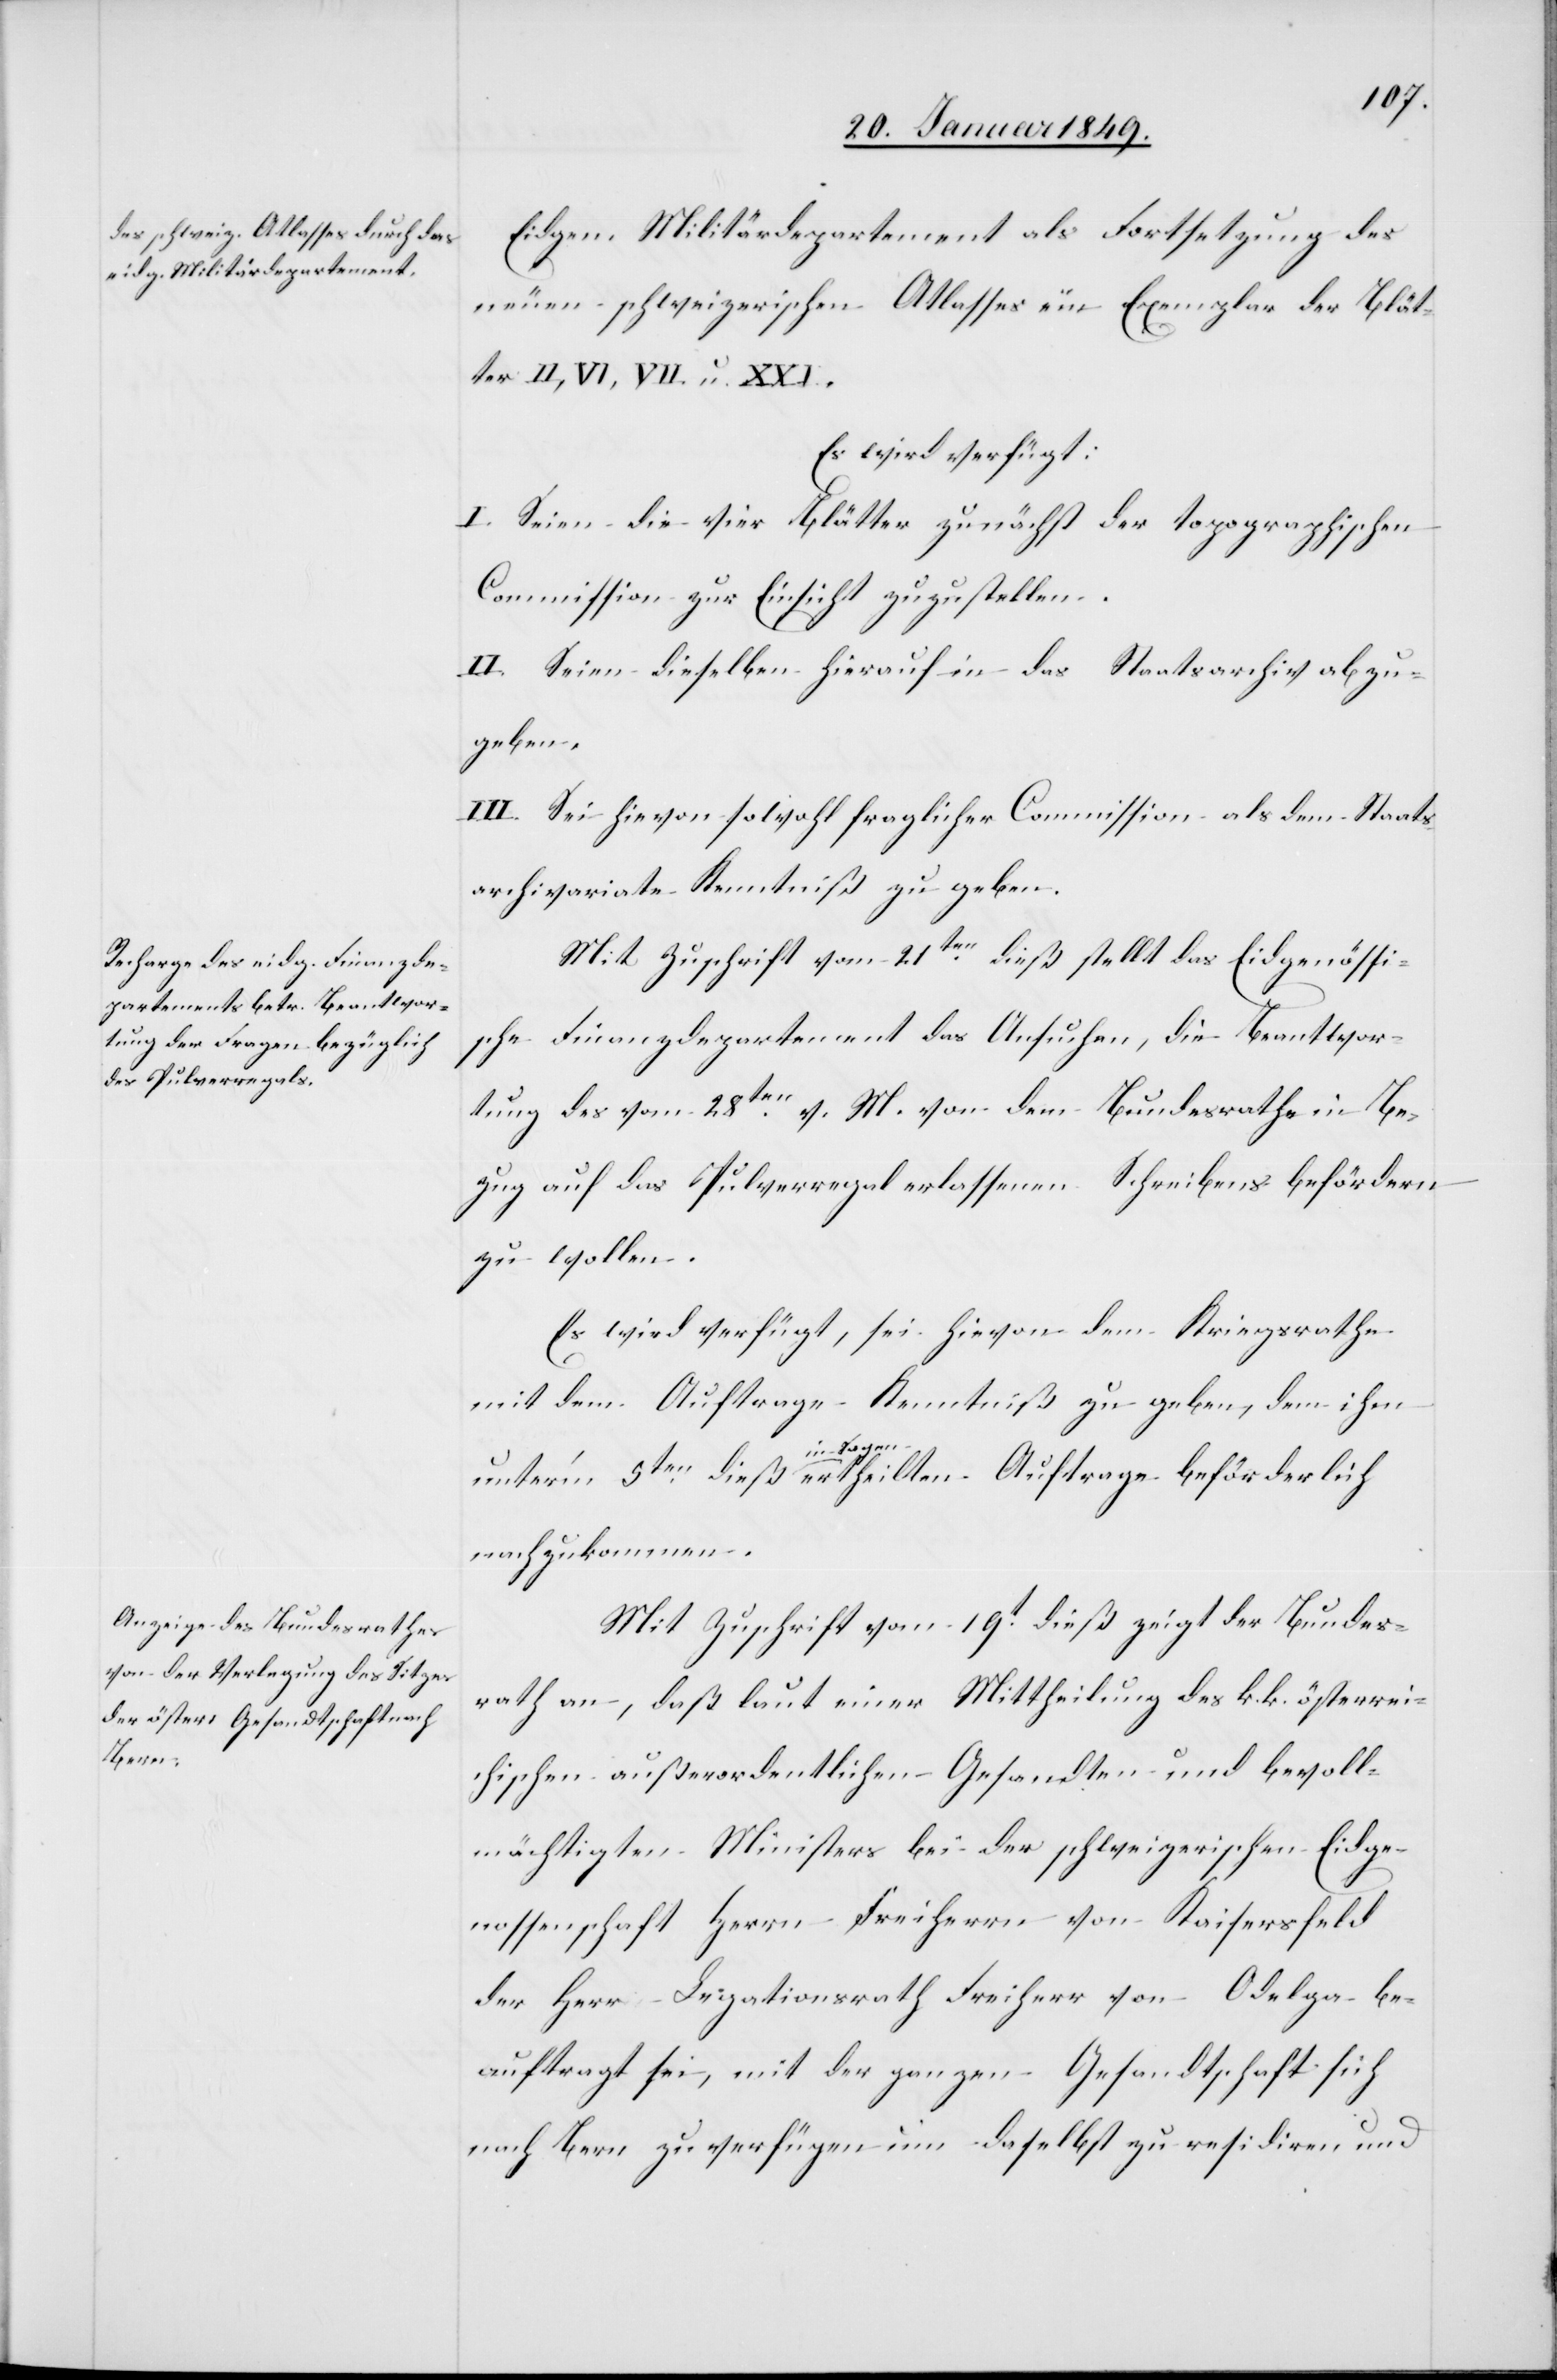
den

22. Januar 1849.]
Eidgen. Militärdepartement als Fortsetzung des
neuen schweizerischen Atlasses ein Exemplar der Blät¬
ter II, VI, VII u.
Es wird verfügt:
I. Seien die vier Blätter zunächst der topographischen
Commission zur Einsicht zuzustellen.
II. Seien dieselben hierauf in das Staatsarchiv abzu¬
geben.
III. Sei hievon sowohl fraglicher Commission als dem Staats¬
archivariate Kenntniß zu geben.
Mit Zuschrift vom 21ten. dieß stellt das Eidgenössi¬
sche Finanzdepartement das Ansuchen, die Beantwor¬
5ten.
tung des vom 28ten. v. M. von dem Bundesrathe in Be¬
zug auf das Pulverregal erlassenen Schreibens befördern
zu wollen.
Es wird verfügt, sei hievon dem Kriegsrathe
mit dem Auftrage Kenntniß zu geben, dem ihm
Sagen
nachzukommen.
Mit Zuschrift vom 19t. dieß zeigt der Bundes¬
rath an, daß laut einer Mittheilung des k. k. österrei¬
chischen außerordentlichen Gesandten und bevoll¬
mächtigten Ministers bei der schweizerischen Eidge¬
nossenschaft Herrn Freiherrn von Kaisersfeld
der Herr Legationsrath Freiherr von Odelga be¬
auftragt sei, mit der ganzen Gesandtschaft sich
nach Bern zu verfügen um daselbst zu residiren und